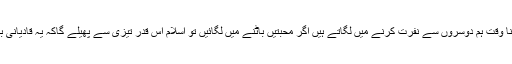
کسی انسان کو انسان سمجھنا ہرگز کوئی گناہ نہیں،جتنا وقت ہم دوسروں سے نفرت کرنے میں لگاتے ہیں اگر محبتیں باٹنے میں لگائیں تو اسلام اس قدر تیزی سے پھیلے گاکہ یہ قادیانی بھی اپنے عقائد درست کرنے پر مجبور ہوجائیں گے!